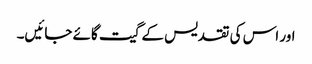
اور اس کی تقدیس کے گیت گائے جائیں۔